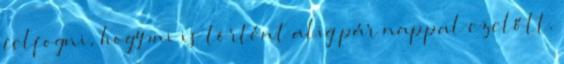
felfogni, hogy mi is történt alig pár nappal ezelőtt.